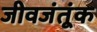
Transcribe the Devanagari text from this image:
जीवजंतूंक